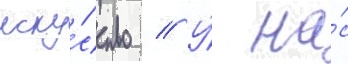
иску́сство // У́ на́с